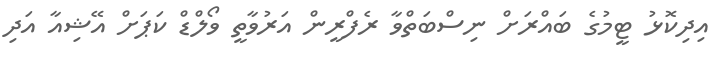
އިދިކޮޅު ޓީމުގެ ބައްރަށް ނިސްބަތްވާ ރެފްރީން އަރުވާތީ ވޯލްޑް ކަޕަށް އޭޝިއާ އަދި